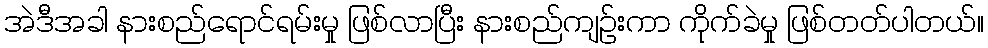
အဲဒီအခါ နားစည်ရောင်ရမ်းမှု ဖြစ်လာပြီး နားစည်ကျဉ်းကာ ကိုက်ခဲမှု ဖြစ်တတ်ပါတယ်။